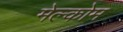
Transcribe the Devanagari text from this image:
मेल्कोम